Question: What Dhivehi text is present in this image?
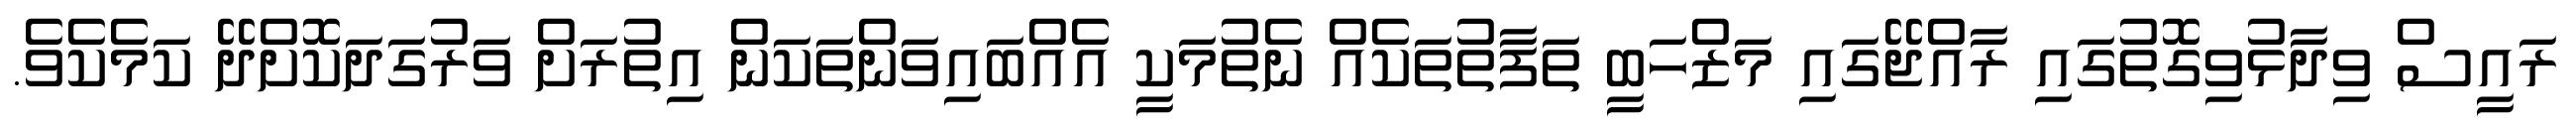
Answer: ރައީސް ވިދާޅުވިގޮތުގައި ރާއްޖޭގައި މަޒްހަބީ ތަފާތުތަކެއް ނެތުމަކީ އެއްބައިވަންތަކަން އިތުރަށް ވަރުގަދަކޮށްދޭ ކަމެކެވެ.